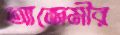
আজেমীর